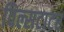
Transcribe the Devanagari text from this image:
विल्सटाटर